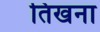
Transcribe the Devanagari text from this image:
तिखना